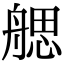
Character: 𦩭